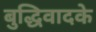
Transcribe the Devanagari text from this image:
बुद्धिवादके